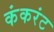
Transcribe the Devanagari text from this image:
कंकरंट